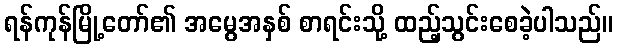
ရန်ကုန်မြို့တော်၏ အမွေအနှစ် စာရင်းသို့ ထည့်သွင်းစေခဲ့ပါသည်။